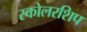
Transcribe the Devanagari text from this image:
स्कोलरशिप